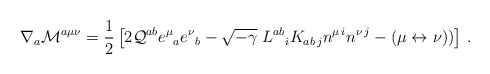
\begin{align*}\nabla_a {\cal M}^{a\mu\nu} = {1 \over 2}\left[ 2 {\cal Q}^{ab} e^\mu{}_a e^\nu{}_b - \sqrt{-\gamma} \; L^{ab}{}_i K_{ab\,j} n^{\mu\,i} n^{\nu\,j}- (\mu \leftrightarrow \nu)) \right]\,.\end{align*}